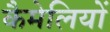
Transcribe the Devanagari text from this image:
कैमेलियों